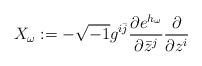
LaTeX: \begin{align*}X_\omega:=-\sqrt{-1}g^{i\bar j}{\frac{\partial e^{h_\omega}}{\partial \bar z^j}}{\frac{\partial}{\partial z^i}}\end{align*}